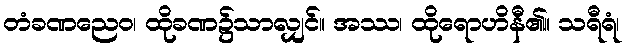
တံခဏညေဝ၊ ထိုခဏ၌သာလျှင်။ အဿ၊ ထိုရောဟိနီ၏။ သရီရံ၊